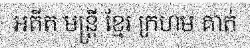
អតីត មន្ត្រី ខ្មែរ ក្រហម គាត់